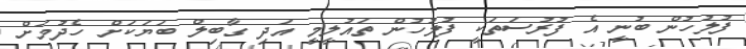
ފުލުހުން ބުނީ އެ ފުރުސަތަކީ ފުލުހުން ތައުލީމީ އަދި ގާބިލް ބަޔަކަށް ހެދުމަށް